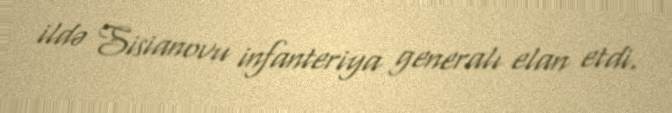
ildə Sisianovu infanteriya generalı elan etdi.